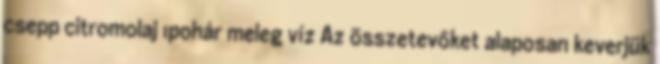
csepp citromolaj 1pohár meleg víz Az összetevőket alaposan keverjük